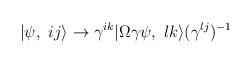
LaTeX: \begin{align*}|\psi ,\ ij\rangle \rightarrow \gamma ^{ik}|\Omega \gamma \psi ,\ lk\rangle(\gamma ^{lj})^{-1}\end{align*}